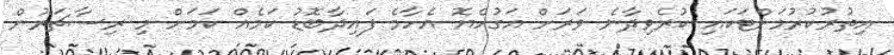
އިތުރުކުރުމަށްޓަކައި ކުރެވިދާނެ ވަރަށް އަގުހެޔޮ އެހާމެ ފައިދާބޮޑު ކަމެއް ކަމަށް މި ރިސާޗަރުން